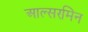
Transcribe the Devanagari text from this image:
आल्सरमिन